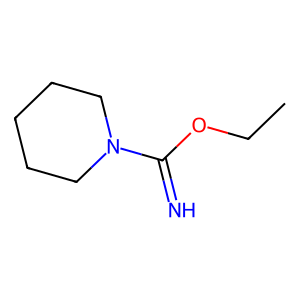
SMILES: CCOC(=N)N1CCCCC1
Inhibits HIV replication: No